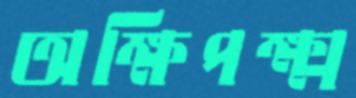
অক্ষিপক্ষ্ম